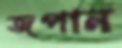
জপান